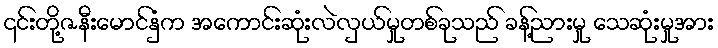
၎င်းတို့ဇနီးမောင်နှံက အကောင်းဆုံးလဲလှယ်မှုတစ်ခုသည် ခန့်ညားမှု သေဆုံးမှုအား